Plague in India, 1896, 1897 - Volume 1
Year: 1896
Disease focus: Plague
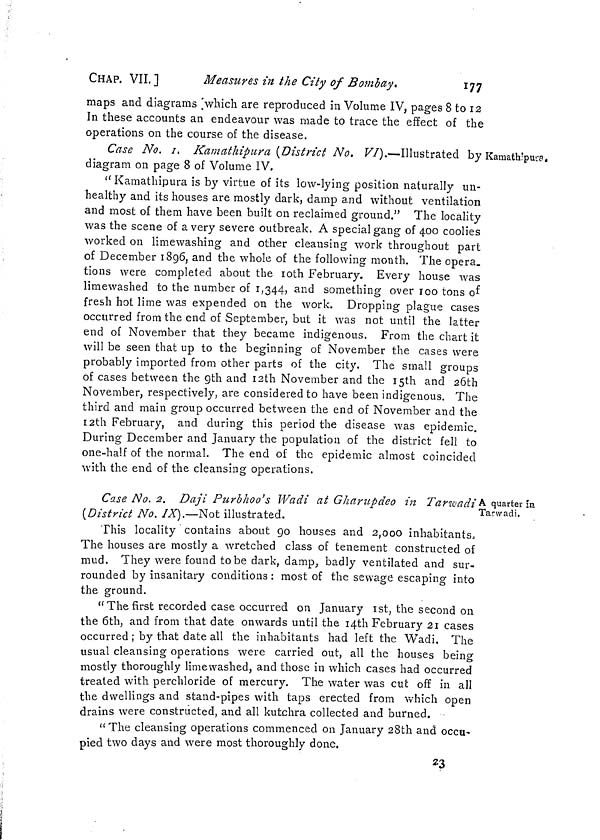
CHAP. VII.]
Measures in the City of Bombay.
177
maps and diagrams which are reproduced in Volume IV, pages 8 to 12
In these accounts an endeavour was made to trace the effect of the
operations on the course of the disease.
Kamathipura.
Case No. 1. Kamathipura (District No. VI).—Illustrated by
diagram on page 8 of Volume IV.
"Kamathipura is by virtue of its low-lying position naturally un-
healthy and its houses are mostly dark, damp and without ventilation
and most of them have been built on reclaimed ground." The locality
was the scene of a very severe outbreak. A special gang of 400 coolies
worked on limewashing and other cleansing work throughout part
of December 1896, and the whole of the following month. The opera_
tions were completed about the 10th February. Every house was
limewashed to the number of 1,344, and something over 100 tons of
fresh hot lime was expended on the work. Dropping plague cases
occurred from the end of September, but it was not until the latter
end of November that they became indigenous. From the chart it
will be seen that up to the beginning of November the cases were
probably imported from other parts of the city. The small groups
of cases between the 9th and 12th November and the 15th and 26th
November, respectively, are considered to have been indigenous. The
third and main group occurred between the end of November and the
12th February, and during this period the disease was epidemic.
During December and January the population of the district fell to
one-half of the normal. The end of the epidemic almost coincided
with the end of the cleansing operations.
A quarter in
Tarwadi.
Case No. 2. Daji Purbhoo's Wadi at Gharupdeo in Tarwadi
(District No. IX).—Not illustrated.
This locality contains about go houses and 2,000 inhabitants,
The houses are mostly a wretched class of tenement constructed of
mud. They were found to be dark, damp, badly ventilated and sur-
rounded by insanitary conditions : most of the sewage escaping into
the ground.
" The first recorded case occurred on January 1st, the second on
the 6th, and from that date onwards until the 14th February 21 cases
occurred ; by that date all the inhabitants had left the Wadi. The
usual cleansing operations were carried out, all the houses being
mostly thoroughly limewashed, and those in which cases had occurred
treated with perchloride of mercury. The water was cut off in all
the dwellings and stand-pipes with taps erected from which open
drains were constructed, and all kutchra collected and burned.
" The cleansing operations commenced on January 28th and occu-
pied two days and were most thoroughly done.
23